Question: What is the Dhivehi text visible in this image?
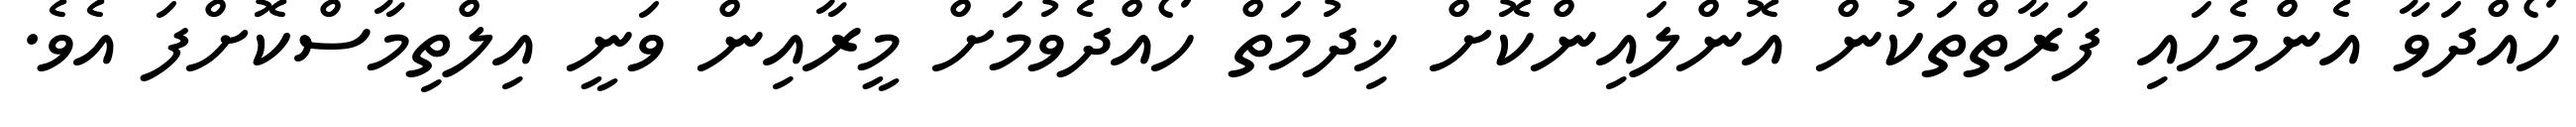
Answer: ހޯއްދަވާ އެންމެހައި ފަރާތްތަކުން އޮންލައިންކޮށް ޚިދުމަތް ހޯއްދެވުމަށް މީރާއިން ވަނީ އިލްތިމާސްކޮށްފަ އެވެ.